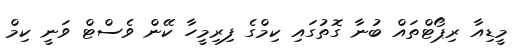
މީޑިއާ ރިޕޯޓްތައް ބުނާ ގޮތުގައި ކިމްގެ ފިރިމީހާ ކޭން ވެސްޓް ވަނީ ކިމް